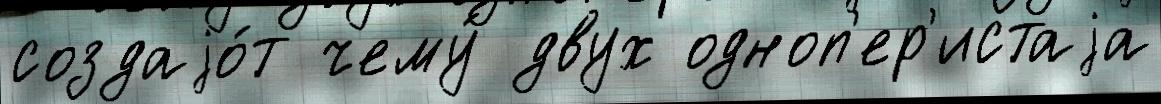
создаjо́т чему́ двух одноп'ер'истаjа